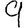
Digit: 9